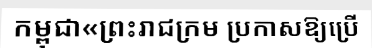
កម្ពុជា«ព្រះរាជក្រម ប្រកាសឱ្យប្រើ